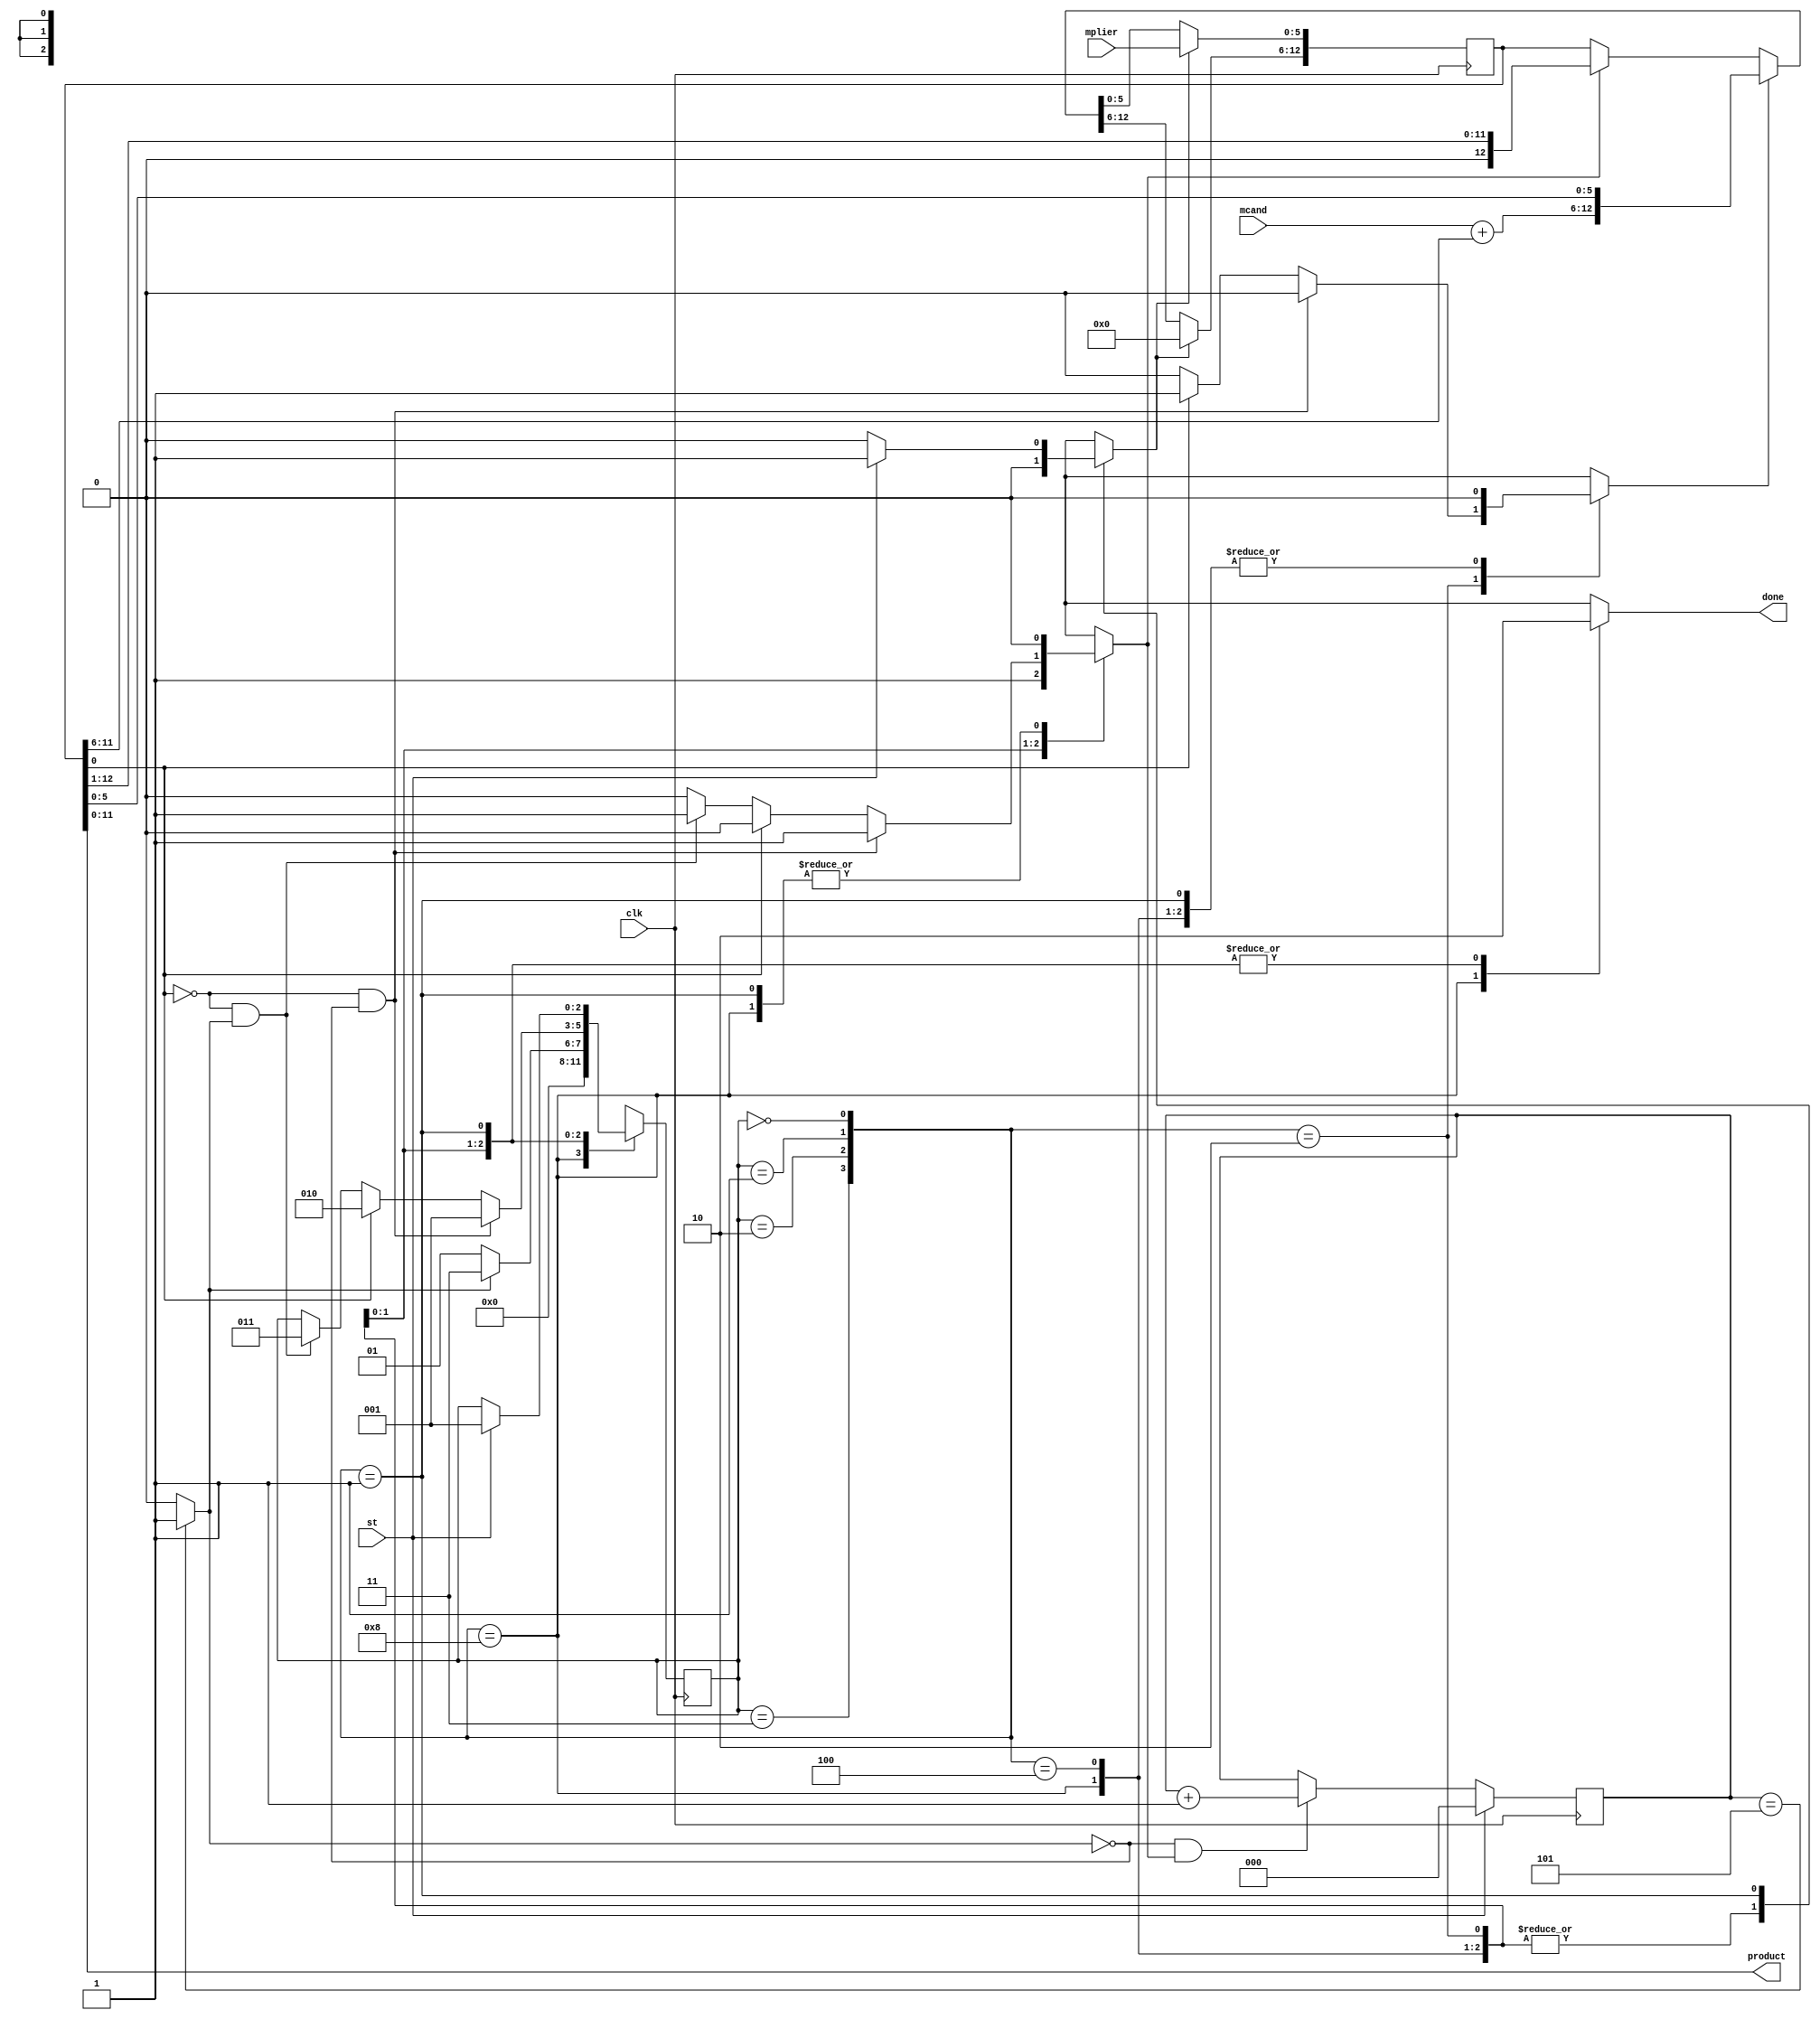
module sequential_multiplier
  (input  clk,
   input  st,
   input  [5:0] mplier,
   input  [5:0] mcand,
   output done,
   output [11:0] product);
  wire [2:0] estado_act;
  wire [2:0] estado_sig;
  wire [2:0] cnt_act;
  wire [2:0] cnt_sig;
  wire k;
  wire m;
  wire [12:0] acu_act;
  wire [12:0] acu_sig;
  wire load;
  wire ad;
  wire sh;
  wire [6:0] suma;
  wire [5:0] acu_suma;
  wire n2_o;
  wire [5:0] n3_o;
  wire [11:0] n4_o;
  wire [6:0] n6_o;
  wire [6:0] n8_o;
  wire [6:0] n9_o;
  wire [2:0] n20_o;
  wire n23_o;
  wire n25_o;
  wire n26_o;
  wire n27_o;
  wire n28_o;
  wire n29_o;
  wire n30_o;
  wire [2:0] n32_o;
  wire n35_o;
  wire [2:0] n37_o;
  wire n40_o;
  wire n42_o;
  wire [2:0] n44_o;
  wire n46_o;
  wire n48_o;
  wire n50_o;
  wire n51_o;
  wire [2:0] n54_o;
  wire n56_o;
  wire n58_o;
  wire [3:0] n59_o;
  reg n63_o;
  reg [2:0] n67_o;
  reg n70_o;
  reg n74_o;
  reg n79_o;
  wire [2:0] n83_o;
  wire [31:0] n84_o;
  wire [31:0] n86_o;
  wire [2:0] n87_o;
  wire n88_o;
  wire n89_o;
  wire [2:0] n90_o;
  wire [31:0] n92_o;
  wire n94_o;
  wire n95_o;
  wire [5:0] n99_o;
  wire [12:0] n100_o;
  wire [11:0] n101_o;
  wire [12:0] n103_o;
  wire [12:0] n104_o;
  wire [12:0] n105_o;
  wire [5:0] n106_o;
  wire [5:0] n107_o;
  wire [6:0] n108_o;
  wire [6:0] n110_o;
  reg [2:0] n114_q;
  reg [2:0] n115_q;
  reg [12:0] n116_q;
  wire [12:0] n117_o;
  assign done = n63_o;
  assign product = n4_o;
  /* src/sequential_multiplier.vhd:21:12  */
  assign estado_act = n114_q; // (signal)
  /* src/sequential_multiplier.vhd:21:24  */
  assign estado_sig = n67_o; // (signal)
  /* src/sequential_multiplier.vhd:22:12  */
  assign cnt_act = n115_q; // (signal)
  /* src/sequential_multiplier.vhd:22:21  */
  assign cnt_sig = n83_o; // (signal)
  /* src/sequential_multiplier.vhd:23:12  */
  assign k = n95_o; // (signal)
  /* src/sequential_multiplier.vhd:23:15  */
  assign m = n2_o; // (signal)
  /* src/sequential_multiplier.vhd:24:12  */
  assign acu_act = n116_q; // (signal)
  /* src/sequential_multiplier.vhd:24:21  */
  assign acu_sig = n117_o; // (signal)
  /* src/sequential_multiplier.vhd:25:12  */
  assign load = n70_o; // (signal)
  /* src/sequential_multiplier.vhd:25:18  */
  assign ad = n74_o; // (signal)
  /* src/sequential_multiplier.vhd:25:22  */
  assign sh = n79_o; // (signal)
  /* src/sequential_multiplier.vhd:26:12  */
  assign suma = n9_o; // (signal)
  /* src/sequential_multiplier.vhd:27:12  */
  assign acu_suma = n3_o; // (signal)
  /* src/sequential_multiplier.vhd:31:25  */
  assign n2_o = acu_act[0];
  /* src/sequential_multiplier.vhd:32:25  */
  assign n3_o = acu_act[11:6];
  /* src/sequential_multiplier.vhd:33:25  */
  assign n4_o = acu_act[11:0];
  /* src/sequential_multiplier.vhd:36:48  */
  assign n6_o = {1'b0, mcand};
  /* src/sequential_multiplier.vhd:36:72  */
  assign n8_o = {1'b0, acu_suma};
  /* src/sequential_multiplier.vhd:36:57  */
  assign n9_o = n6_o + n8_o;
  /* src/sequential_multiplier.vhd:59:17  */
  assign n20_o = st ? 3'b001 : estado_act;
  /* src/sequential_multiplier.vhd:59:17  */
  assign n23_o = st ? 1'b1 : 1'b0;
  /* src/sequential_multiplier.vhd:58:13  */
  assign n25_o = estado_act == 3'b000;
  /* src/sequential_multiplier.vhd:65:34  */
  assign n26_o = ~k;
  /* src/sequential_multiplier.vhd:65:46  */
  assign n27_o = ~m;
  /* src/sequential_multiplier.vhd:65:40  */
  assign n28_o = n27_o & n26_o;
  /* src/sequential_multiplier.vhd:71:49  */
  assign n29_o = ~m;
  /* src/sequential_multiplier.vhd:71:43  */
  assign n30_o = n29_o & k;
  /* src/sequential_multiplier.vhd:71:29  */
  assign n32_o = n30_o ? 3'b011 : estado_act;
  /* src/sequential_multiplier.vhd:71:29  */
  assign n35_o = n30_o ? 1'b1 : 1'b0;
  /* src/sequential_multiplier.vhd:68:29  */
  assign n37_o = m ? 3'b010 : n32_o;
  /* src/sequential_multiplier.vhd:68:29  */
  assign n40_o = m ? 1'b1 : 1'b0;
  /* src/sequential_multiplier.vhd:68:29  */
  assign n42_o = m ? 1'b0 : n35_o;
  /* src/sequential_multiplier.vhd:65:29  */
  assign n44_o = n28_o ? 3'b001 : n37_o;
  /* src/sequential_multiplier.vhd:65:29  */
  assign n46_o = n28_o ? 1'b0 : n40_o;
  /* src/sequential_multiplier.vhd:65:29  */
  assign n48_o = n28_o ? 1'b1 : n42_o;
  /* src/sequential_multiplier.vhd:65:13  */
  assign n50_o = estado_act == 3'b001;
  /* src/sequential_multiplier.vhd:77:34  */
  assign n51_o = ~k;
  /* src/sequential_multiplier.vhd:77:29  */
  assign n54_o = n51_o ? 3'b001 : 3'b011;
  /* src/sequential_multiplier.vhd:76:13  */
  assign n56_o = estado_act == 3'b010;
  /* src/sequential_multiplier.vhd:83:13  */
  assign n58_o = estado_act == 3'b011;
  assign n59_o = {n58_o, n56_o, n50_o, n25_o};
  /* src/sequential_multiplier.vhd:57:9  */
  always @*
    case (n59_o)
      4'b1000: n63_o = 1'b1;
      4'b0100: n63_o = 1'b0;
      4'b0010: n63_o = 1'b0;
      4'b0001: n63_o = 1'b0;
      default: n63_o = 1'bX;
    endcase
  /* src/sequential_multiplier.vhd:57:9  */
  always @*
    case (n59_o)
      4'b1000: n67_o = 3'b000;
      4'b0100: n67_o = n54_o;
      4'b0010: n67_o = n44_o;
      4'b0001: n67_o = n20_o;
      default: n67_o = 3'bX;
    endcase
  /* src/sequential_multiplier.vhd:57:9  */
  always @*
    case (n59_o)
      4'b1000: n70_o = 1'b0;
      4'b0100: n70_o = 1'b0;
      4'b0010: n70_o = 1'b0;
      4'b0001: n70_o = n23_o;
      default: n70_o = 1'bX;
    endcase
  /* src/sequential_multiplier.vhd:57:9  */
  always @*
    case (n59_o)
      4'b1000: n74_o = 1'b0;
      4'b0100: n74_o = 1'b0;
      4'b0010: n74_o = n46_o;
      4'b0001: n74_o = 1'b0;
      default: n74_o = 1'bX;
    endcase
  /* src/sequential_multiplier.vhd:57:9  */
  always @*
    case (n59_o)
      4'b1000: n79_o = 1'b0;
      4'b0100: n79_o = 1'b1;
      4'b0010: n79_o = n48_o;
      4'b0001: n79_o = 1'b0;
      default: n79_o = 1'bX;
    endcase
  /* src/sequential_multiplier.vhd:90:23  */
  assign n83_o = st ? 3'b000 : n90_o;
  /* src/sequential_multiplier.vhd:90:53  */
  assign n84_o = {29'b0, cnt_act};  //  uext
  /* src/sequential_multiplier.vhd:90:53  */
  assign n86_o = n84_o + 32'b00000000000000000000000000000001;
  /* src/sequential_multiplier.vhd:90:44  */
  assign n87_o = n86_o[2:0];  // trunc
  /* src/sequential_multiplier.vhd:90:79  */
  assign n88_o = ~k;
  /* src/sequential_multiplier.vhd:90:73  */
  assign n89_o = n88_o & sh;
  /* src/sequential_multiplier.vhd:90:39  */
  assign n90_o = n89_o ? n87_o : cnt_act;
  /* src/sequential_multiplier.vhd:91:38  */
  assign n92_o = {29'b0, cnt_act};  //  uext
  /* src/sequential_multiplier.vhd:91:38  */
  assign n94_o = n92_o == 32'b00000000000000000000000000000101;
  /* src/sequential_multiplier.vhd:91:24  */
  assign n95_o = n94_o ? 1'b1 : 1'b0;
  /* src/sequential_multiplier.vhd:102:38  */
  assign n99_o = acu_act[5:0];
  /* src/sequential_multiplier.vhd:102:29  */
  assign n100_o = {suma, n99_o};
  /* src/sequential_multiplier.vhd:105:37  */
  assign n101_o = acu_act[12:1];
  /* src/sequential_multiplier.vhd:105:28  */
  assign n103_o = {1'b0, n101_o};
  /* src/sequential_multiplier.vhd:103:9  */
  assign n104_o = sh ? n103_o : acu_act;
  /* src/sequential_multiplier.vhd:100:9  */
  assign n105_o = ad ? n100_o : n104_o;
  assign n106_o = n105_o[5:0];
  /* src/sequential_multiplier.vhd:97:9  */
  assign n107_o = load ? mplier : n106_o;
  assign n108_o = n105_o[12:6];
  /* src/sequential_multiplier.vhd:97:9  */
  assign n110_o = load ? 7'b0000000 : n108_o;
  /* src/sequential_multiplier.vhd:41:11  */
  always @(posedge clk)
    n114_q <= estado_sig;
  /* src/sequential_multiplier.vhd:41:11  */
  always @(posedge clk)
    n115_q <= cnt_sig;
  /* src/sequential_multiplier.vhd:41:11  */
  always @(posedge clk)
    n116_q <= acu_sig;
  /* src/sequential_multiplier.vhd:41:11  */
  assign n117_o = {n110_o, n107_o};
endmodule